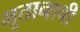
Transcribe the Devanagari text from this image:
भूतानाची